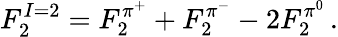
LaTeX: F_{2}^{I=2}=F_{2}^{\pi^{+}}+F_{2}^{\pi^{-}}-2F_{2}^{\pi^{0}}\, .